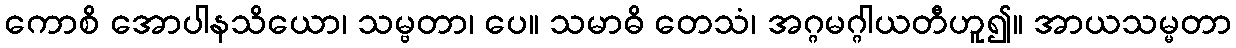
ကောစိ အောပါနသိယော၊ သမ္ဗတာ၊ ပေ။ သမာဓိ တေသံ၊ အဂ္ဂမဂ္ဂါယတီဟူ၍။ အာယသမ္မတာ